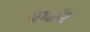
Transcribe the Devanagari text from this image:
पार्जर